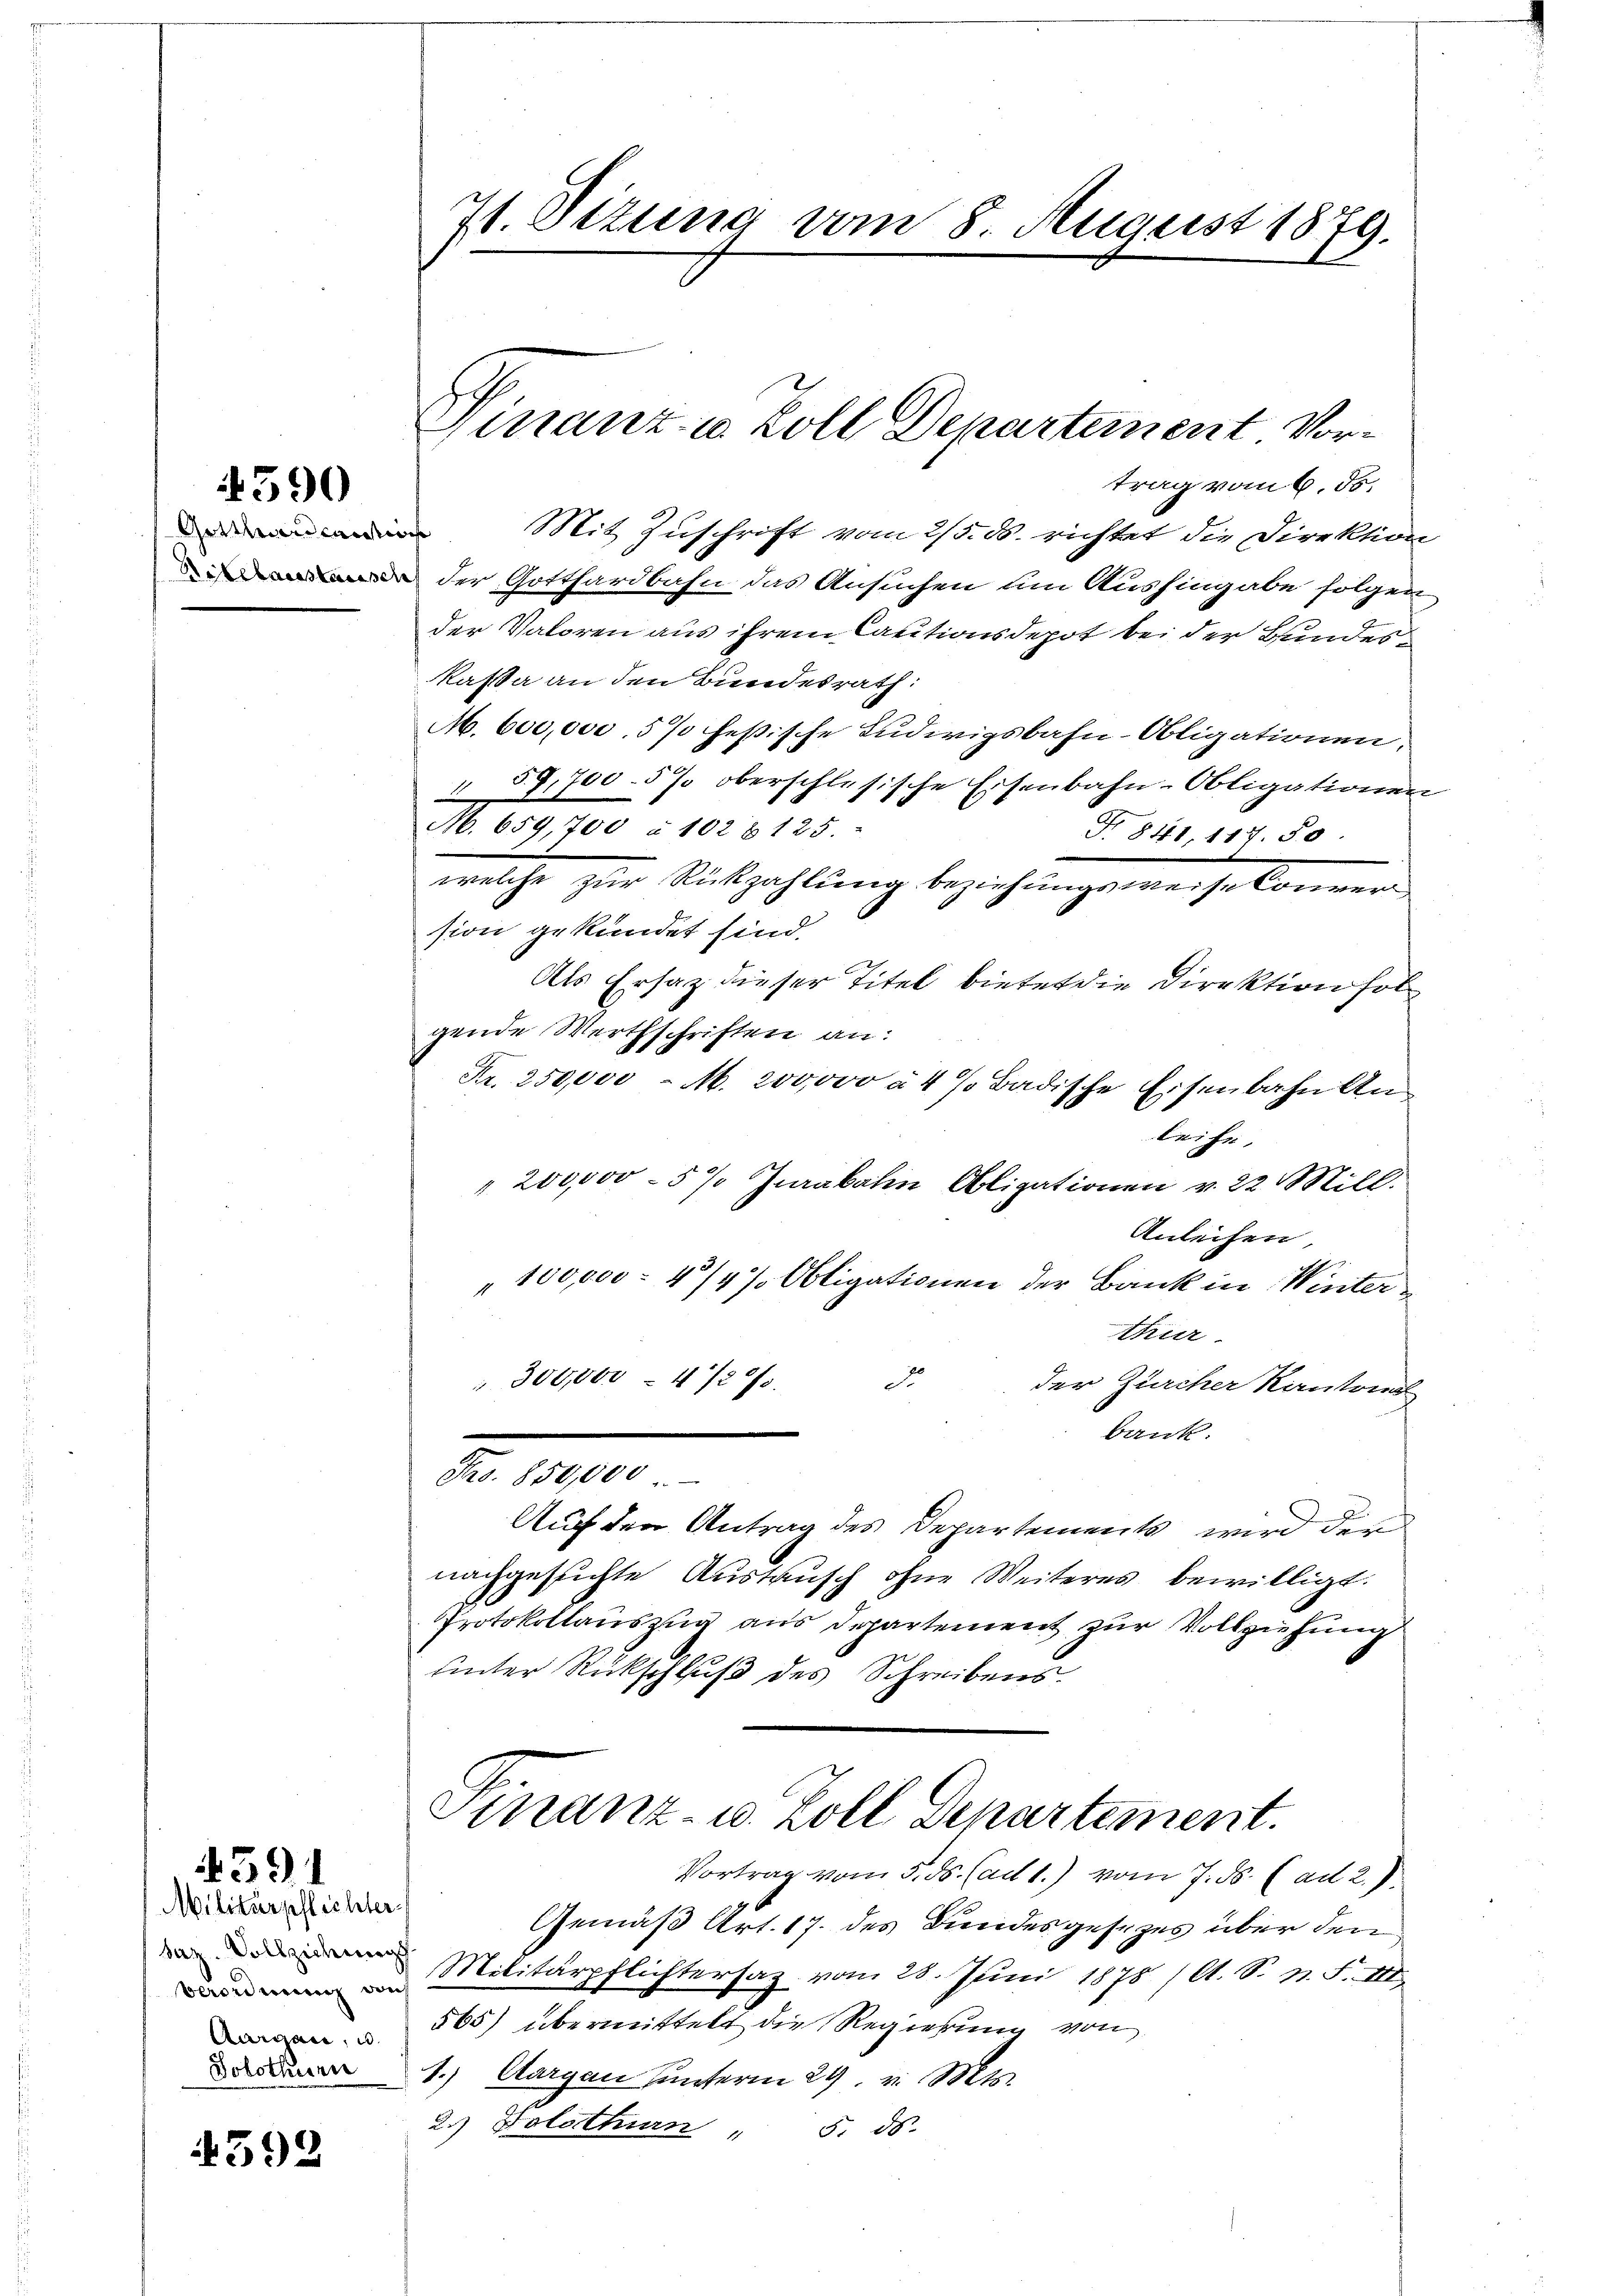
4390

Gotthardcaution

4591

Militärpflichter
saz. Vollziehung
beordnung von
Aargau, u.
Solothurn

392

71. Situng vom 8. August 1879.

Finanze Zoll Departement Vortrag vom 6. ds.

Mit Zuschrift vom 2/5. ds. richtet die Direktion
der Gotthardbahn das Ansuchen um Aushingabe folgen
der Valoren aus ihrem Cautionsdepot bei der Bundeskaßa an den Bundesrath:
M. 600,000. 5 % festische Ludwigsbahn-Obligationen,
" 59,700 - 5 % oberschlesische Eisenbahn-Obligationen
M. 659,700 à 1028 125.
Nr. 841, 117. 50.
wache zur Rückzahlung beziehungene gekommer
sion gekündet sind.
Als Ersatz dieser Titel bietet die Direktion fol
gende Werthschriften an:
Fr. 250,000 M. 200,000 à 4 s. Badische Eisenbahn Anleihe.
" 200,000 - 5% Jurabahn Obligationen v. 22 Mill.
Anleihen,
100,000 - 4/4 % Obligationen der Bank in Winter
thur
" 300,000 - 4/27. d. der Zürcher Kantona
bank.
Fro. 850,000.
Auf den Antrag des Departements wird der
nachgesuchte Austausch ohne Weiteres bewilligt.
Protokollauszug aus Departement zur Vollziehung
unter Rückschluß des Schreibens
Finanz- u. Zoll Departement.
Vortrag vom 5. ds. (ad 1.) vom 7. ds. (ad 2.)
Gemäß Art. 17. des Bundesgesezes über den
Militärpflichtersaz vom 28. Juni 1878 / A. S. n. F. III
565) übermittelt die Regierung von
1.) Aargau unterm 29. v. Mts.
2.) Solothurn " 5. ds.